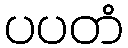
ပပတံ